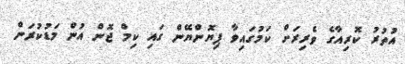
އުތުރު ކޮރިއާގެ ވެރިރަށް ކަމުގައިވާ ޕިޔޮންޔޭން ގައި ކިމް ޖޮން އުން މަޑުކުރަން